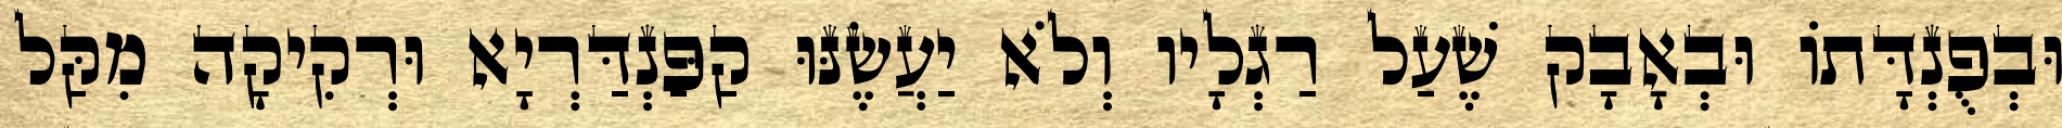
וּבְפֻנְדָּתוֹ וּבְאָבָק שֶׁעַל רַגְלָיו וְלֹא יַעֲשֶׂנּוּ קַפַּנְדַּרְיָא וּרְקִיקָה מִקַּל